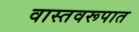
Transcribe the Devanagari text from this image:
वास्तवरूपात